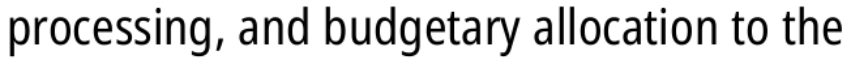
processing, and budgetary allocation to the